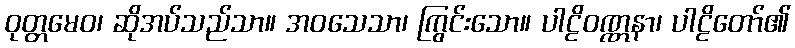
ဝုတ္တမေဝ၊ ဆိုအပ်သည်သာ။ အဝသေသာ၊ ကြွင်းသော။ ပါဠိဝဏ္ဏနာ၊ ပါဠိတော်၏